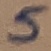
Text: 5